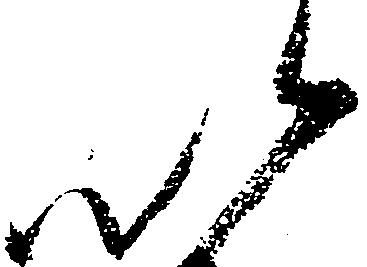
以